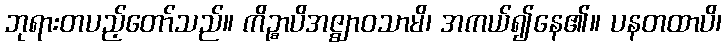
ဘုရားတပည့်တော်သည်။ ကိဉ္စာပိအဇ္ဈာဝသာမိ၊ အကယ်၍နေ၏။ ပနတထာပိ၊